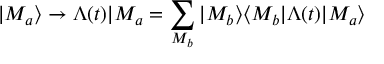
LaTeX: | M _ { a } \rangle \rightarrow \Lambda ( t ) | M _ { a } = \sum _ { M _ { b } } | M _ { b } \rangle \langle M _ { b } | \Lambda ( t ) | M _ { a } \rangle